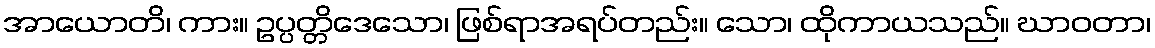
အာယောတိ၊ ကား။ ဥပ္ပတ္တိဒေသော၊ ဖြစ်ရာအရပ်တည်း။ သော၊ ထိုကာယသည်။ ဃာဝတာ၊